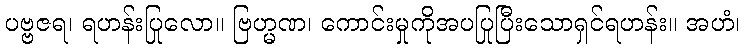
ပဗ္ဗဇရ၊ ရဟန်းပြုလော။ ဗြဟ္မဏ၊ ကောင်းမှုကိုအပပြုပြီးသောရှင်ရဟန်း။ အဟံ၊